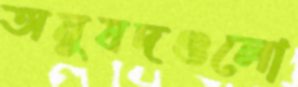
অনুষদগুলো